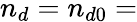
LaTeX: n_{d}=n_{d0}=